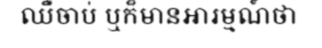
ឈឺចាប់ ឬក៏មានអារម្មណ៍ថា